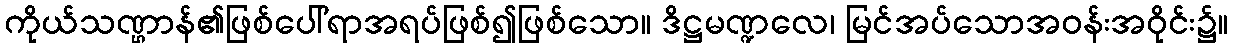
ကိုယ်သဏ္ဌာန်၏ဖြစ်ပေါ်ရာအရပ်ဖြစ်၍ဖြစ်သော။ ဒိဋ္ဌမဏ္ဍလေ၊ မြင်အပ်သောအဝန်းအဝိုင်း၌။